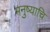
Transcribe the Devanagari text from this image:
मनुष्याचि